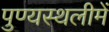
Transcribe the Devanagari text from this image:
पुण्‍यस्‍थलीमें